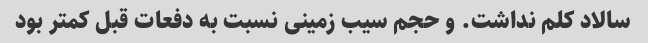
سالاد کلم نداشت. و حجم سیب زمینی نسبت به دفعات قبل کمتر بود